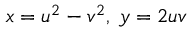
x = u ^ { 2 } - v ^ { 2 } , \; y = 2 u v